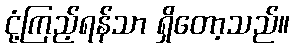
ငုံ့ကြည့်ရန်သာ ရှိတော့သည်။